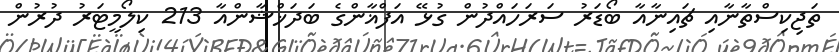
ތަޖިކިސްތާނާއި ޗައިނާއާ ބޯޑަރު ސަރަހައްދުން ގުޅޭ އަފްޣާންގެ ބަދަޚްޝާންއާ 213 ކިލޯމީޓަރު ދުރުން